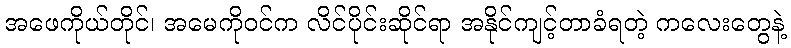
အဖေကိုယ်တိုင်၊ အမေကိုဝင်က လိင်ပိုင်းဆိုင်ရာ အနိုင်ကျင့်တာခံရတဲ့ ကလေးတွေနဲ့